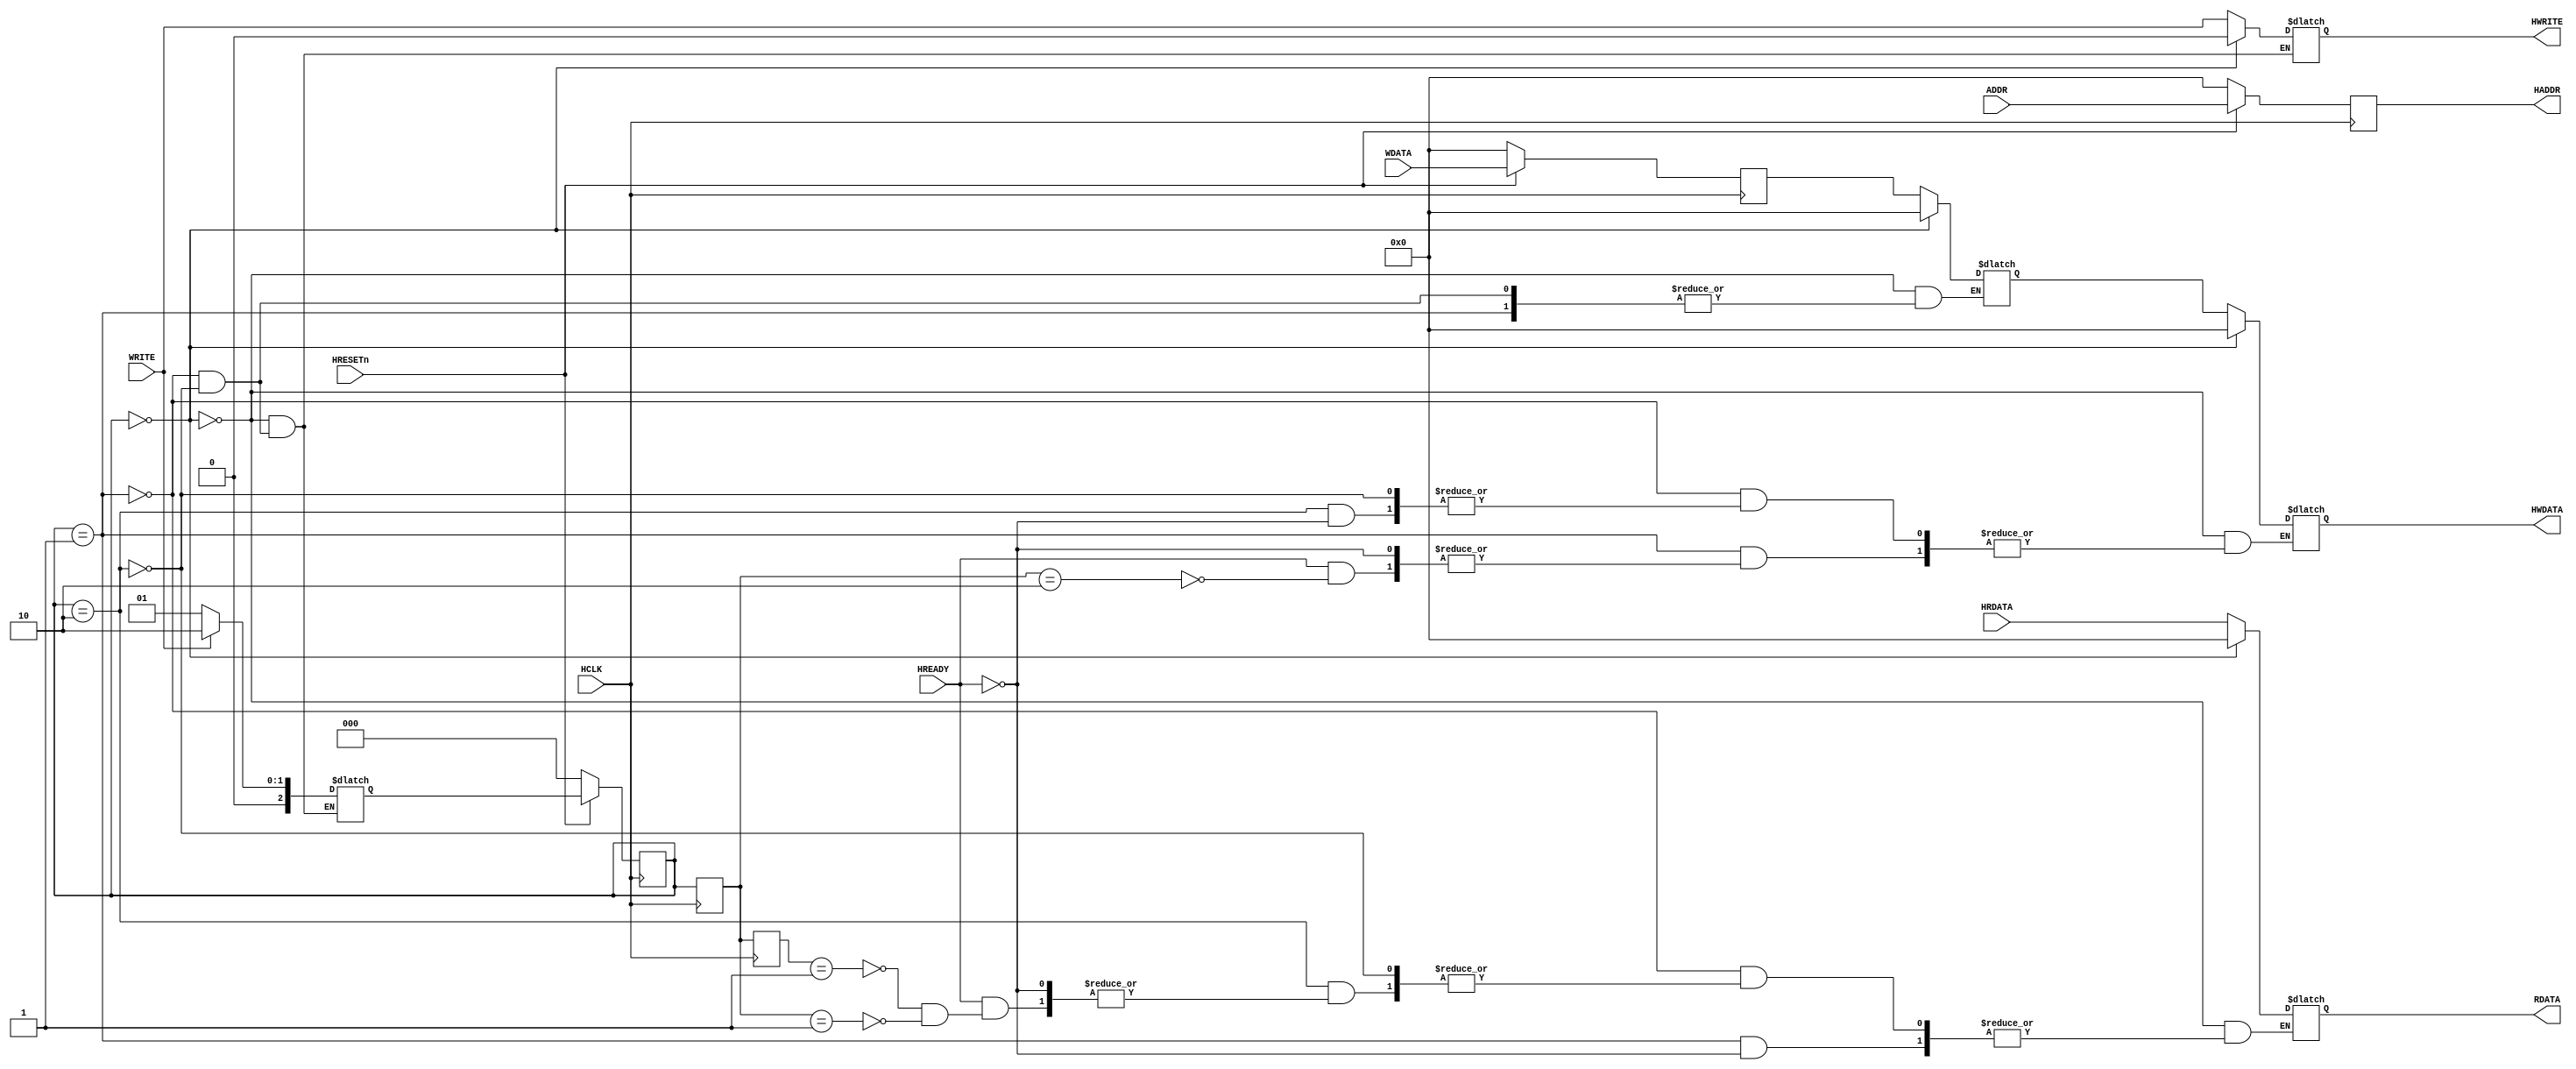
///////////////////////////////////////////////////////////////////////////////////////////////////////////////////////////////////////////////////////
// University  : Washington University in St Louis
// Description : AMBA AHB-Lite "Junior" Bus Master
///////////////////////////////////////////////////////////////////////////////////////////////////////////////////////////////////////////////////////

module My_Master (HREADY,HRESETn,HCLK,HRDATA,WRITE,ADDR,WDATA,HADDR,HWRITE,HWDATA,RDATA); 

	input HRESETn, HCLK, WRITE, HREADY; 
    input [31:0] ADDR, WDATA, HRDATA;
	output reg HWRITE;
    output reg[31:0] RDATA, HADDR, HWDATA; 

    reg[31:0] HADDR_D, HWDATA_D, WDATA_D, WDATA_CLKEDGE, HREADY_CLKEDGE, RDATA_D, HRDATA_D; //Store previous values of these inputs and outputs
    reg[2:0] state, next_state, prev_state, prev_state_d;  //State registers
    parameter RESET_STATE=0, READ_STATE=1, WRITE_STATE=2, WAIT_STATE=3;

    //Shifted inputs and ouputs
    always @(posedge HCLK) begin
        if(HRESETn == 1'b0) begin
            HADDR_D <= 32'b0;
            RDATA_D <= 32'b0;
            HRDATA_D <= 32'b0;
            WDATA_D <= WDATA;
            WDATA_CLKEDGE <= 32'b0;
            HREADY_CLKEDGE <= 32'b0;
            HADDR <= 32'b0;
        end
        else begin
            HADDR_D <= HADDR;
            RDATA_D <= RDATA;
            HRDATA_D <= HRDATA;
            WDATA_D <= WDATA_CLKEDGE;
            WDATA_CLKEDGE <= WDATA;
            HREADY_CLKEDGE <= HREADY;
            HADDR <= ADDR;
        end
    end

    //State register update
    always @(posedge HCLK) begin
        if(HRESETn == 1'b0) begin
            state <= RESET_STATE;
        end
        else begin
            state <= next_state;
        end
        prev_state <= state;  //Need previous state for read/write or write/read transitions
        prev_state_d <= prev_state;
    end

    //State transitions
    always @(state, WRITE, HREADY) begin
        case (state)
            RESET_STATE:
                if (WRITE == 1'b0) begin
                    next_state <= READ_STATE;
                end
                else if (WRITE == 1'b1) begin
                    next_state <= WRITE_STATE;
                end
            READ_STATE:
                if(WRITE == 1'b0) begin
                    next_state <= READ_STATE;
                end
                else if(WRITE == 1'b1) begin
                    next_state <= WRITE_STATE;
                end
            WRITE_STATE:
                if(WRITE == 1'b0) begin
                    next_state <= READ_STATE;
                end
                else if(WRITE == 1'b1) begin
                    next_state <= WRITE_STATE;
                end
            endcase
        end 

    //State machine outputs
    always @(state, HADDR, HREADY_CLKEDGE) begin
        if(state == RESET_STATE) begin
            HWRITE <= 1'b0;
            RDATA  <= 32'b0;
            HWDATA <= 32'b0;
            HWDATA_D <= 32'b0;
        end
        else if (state == READ_STATE) begin //Perform a read.
            HWRITE <= WRITE;
            if(HREADY == 1'b1) begin
                RDATA <= HRDATA;
                //Handle write/read transition
                if(prev_state == WRITE_STATE) begin
                    HWDATA  <= HWDATA_D;
                end
            end
            else if (HREADY == 1'b0) begin
                //RDATA <= RDATA_D;
           end
        end  //End read.
        else if (state == WRITE_STATE) begin //Perform a write.
            HWRITE <= WRITE;
            HWDATA_D <= WDATA_CLKEDGE;
            if(HREADY == 1'b1) begin
                HWDATA <= HWDATA_D;
                //Handle read/write transition
                if(prev_state == READ_STATE) begin
                    RDATA <= HRDATA;
                    //RDATA <= 32'hBADDADDD;
                end
                if(prev_state_d == READ_STATE) begin
                    RDATA <= HRDATA;
                end
            end 
            else if(HREADY == 1'b0) begin
                //RDATA <= RDATA_D;
            end
        end //End wrote.
    end

endmodule